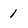
Character: 1